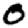
Digit: 0